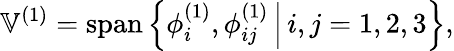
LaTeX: \mathbb{V}^{(1)}=\operatorname{span}\left\{ \phi_{i}^{(1)},\phi_{ij}^{(1)}\, \Big|\, i,j=1,2,3\right\} ,